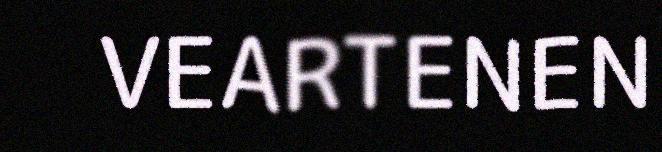
VEARTENEN